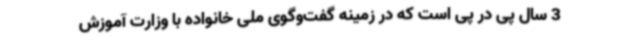
3 سال پی در پی است که در زمینه گفت‌وگوی ملی خانواده با وزارت آموزش